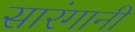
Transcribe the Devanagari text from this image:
सारंगानी